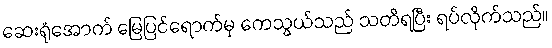
ဆေးရုံအောက် မြေပြင်ရောက်မှ ကေသွယ်သည် သတိရပြီး ရပ်လိုက်သည်။